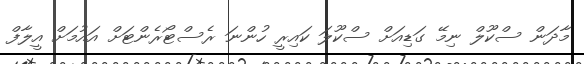
މާދަން ސްކޫލް ނިމޭ ގަޑިއަށް ސްކޫލަ ކައިރީ ހުންނަ ރެސްޓޯރެންޓަށް އައުމަށް އީލާފް